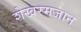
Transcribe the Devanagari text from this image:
शेखरमजान